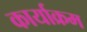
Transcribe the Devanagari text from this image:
कार्याक्रम